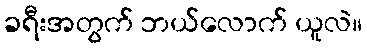
ခရီးအတွက် ဘယ်လောက် ယူလဲ။